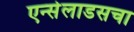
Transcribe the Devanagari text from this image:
एन्सेलाडसचा